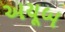
અયૂબ